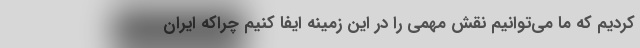
کردیم که ما می‌توانیم نقش مهمی را در این زمینه ایفا کنیم چراکه ایران